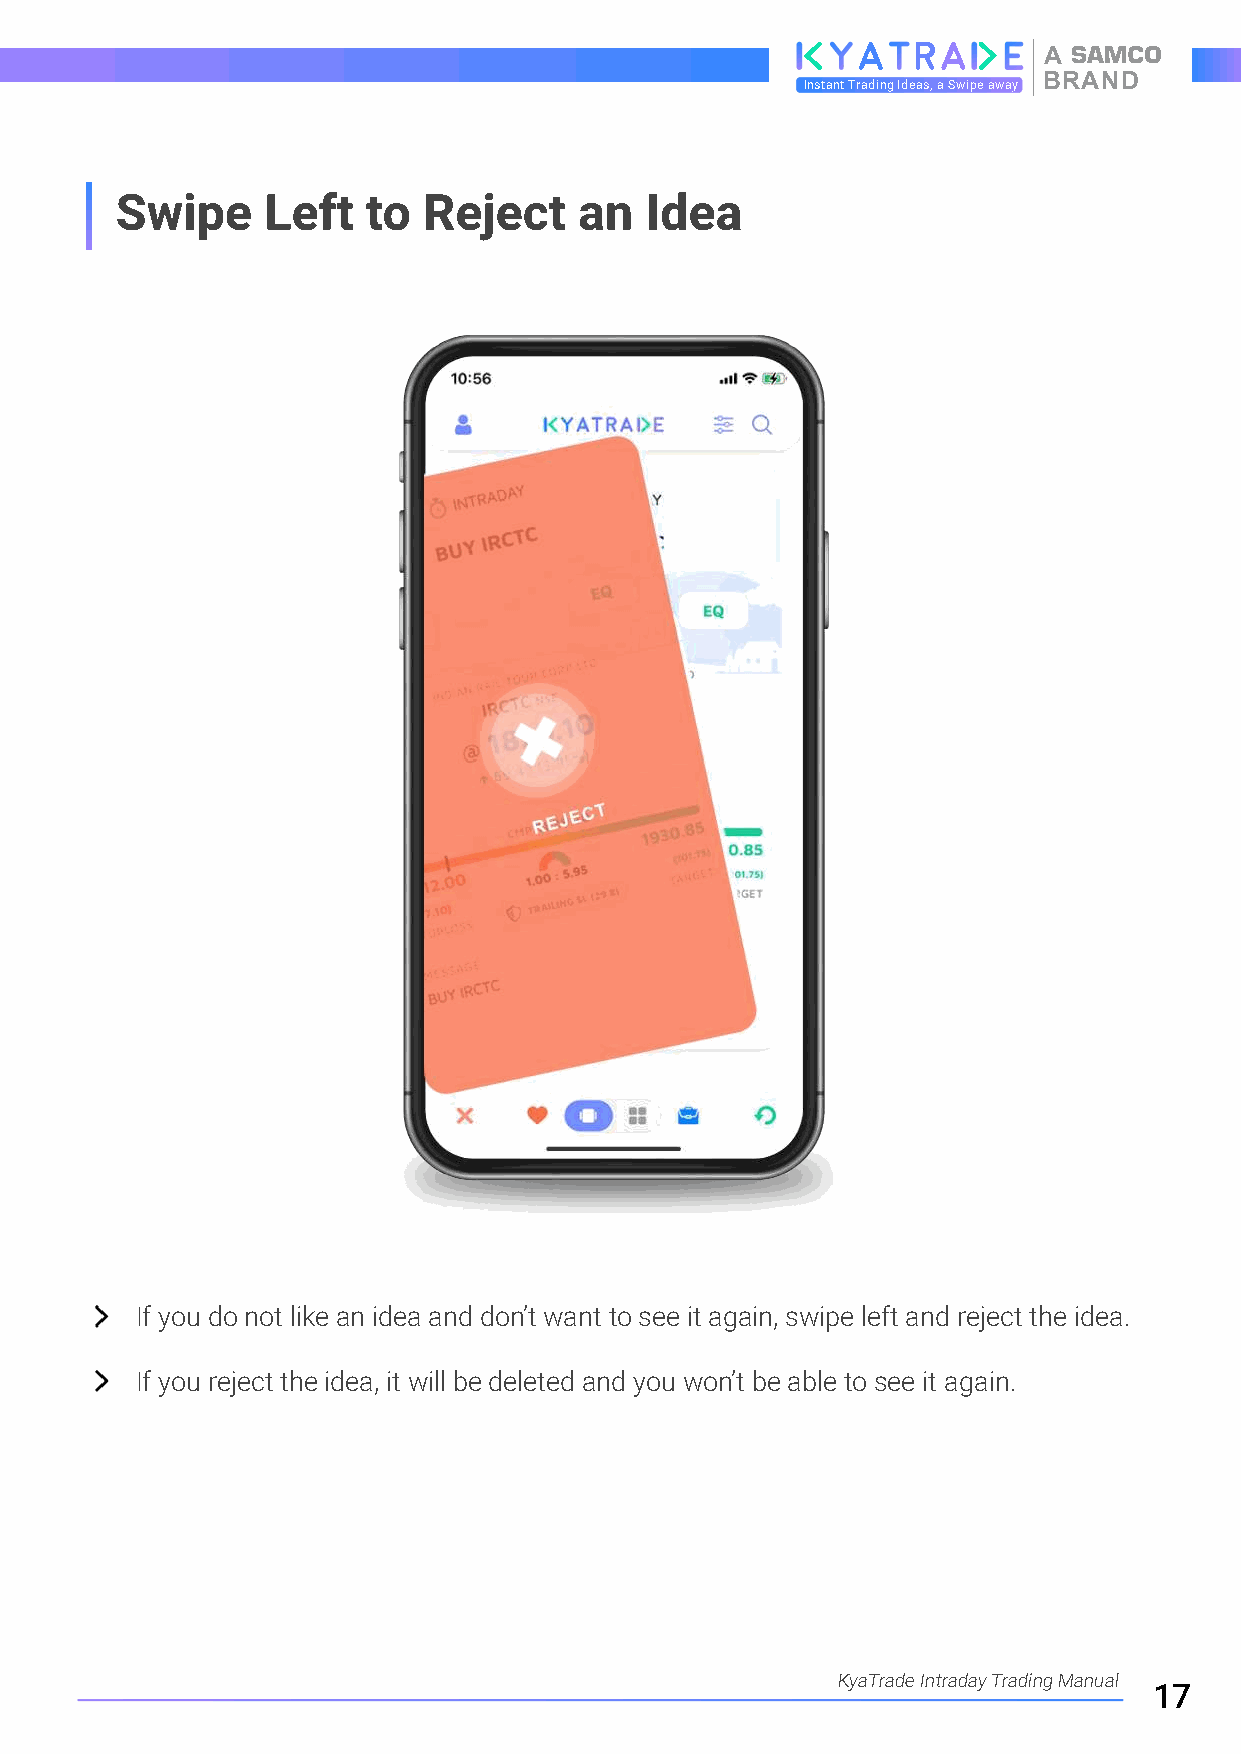
A
 BRAND
 Instant Trading Ideas, a Swipe away
 Swipe    Left   to  Reject    an   Idea
 If you do not like an idea and don’t want to see it again, swipe left and reject the idea.
 If you reject the idea, it will be deleted and you won’t be able to see it again.
 KyaTrade Intraday Trading Manual
 17